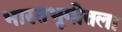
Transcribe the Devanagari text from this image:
भारतभूमीतला